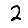
Digit: 2